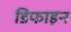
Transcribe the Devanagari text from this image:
डिफाइन